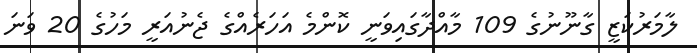
ލާމަރުކަޒީ ގާނޫނުގެ 109 މާއްދާގައިވަނީ ކޮންމެ އަހަރެއްގެ ޖެނުއަރީ މަހުގެ 20 ވަނަ